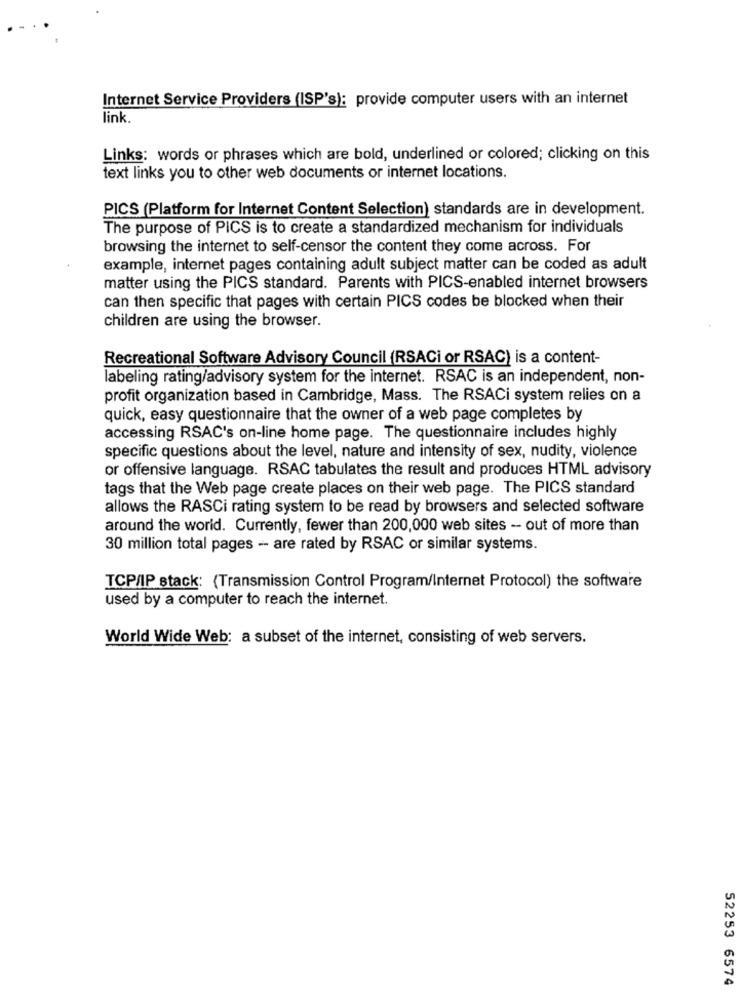
Internet Service Providers (ISP's): provide computer users with an internet
link.
Links: words or phrases which are bold, underlined or colored; clicking on this
text links you to other web documents or internet locations.
PICS (Platform for Internet Content Selection) standards are in development.
The purpose of PICS is to create a standardized mechanism for individuals
browsing the internet to self-censor the content they come across. For
example, internet pages containing adult subject matter can be coded as adult
matter using the PICS standard. Parents with PICS-enabled internet browsers
can then specific that pages with certain PICS codes be blocked when their
children are using the browser.
Recreational Software Advisory Council (RSACi or RSAC) is a content-
labeling rating/advisory system for the internet. RSAC is an independent, non-
profit organization based in Cambridge, Mass. The RSACi system relies on a
quick, easy questionnaire that the owner of a web page completes by
accessing RSAC's on-line home page. The questionnaire includes highly
specific questions about the level, nature and intensity of sex, nudity, violence
or offensive language. RSAC tabulates the result and produces HTML advisory
tags that the Web page create places on their web page. The PICS standard
allows the RASCi rating system to be read by browsers and selected software
around the world. Currently, fewer than 200,000 web sites - out of more than
30 million total pages - are rated by RSAC or similar systems.
TCP/IP stack: (Transmission Control Program/Internet Protocol) the software
used by a computer to reach the internet.
World Wide Web: a subset of the internet, consisting of web servers.
52253 6574